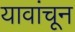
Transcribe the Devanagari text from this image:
यावांचून